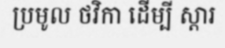
ប្រមូល ថវិកា ដើម្បី ស្តារ